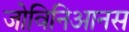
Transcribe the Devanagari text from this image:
जोविनिआनस